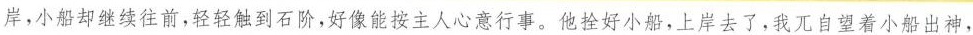
岸，小船却继续往前，轻轻触到石阶，好像能按主人心意行事。他拴好小船，上岸去了，我兀自望着小船出神，